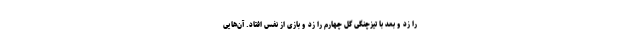
را زد و بعد با تیزچنگی گل چهارم را زد و بازی از نفس افتاد. آن‌هایی